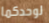
لوحدكما